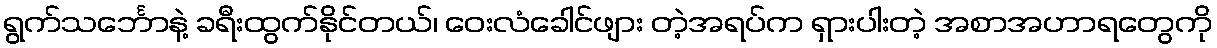
ရွက်သင်္ဘောနဲ့ ခရီးထွက်နိုင်တယ်၊ ဝေးလံခေါင်ဖျား တဲ့အရပ်က ရှားပါးတဲ့ အစာအဟာရတွေကို